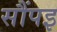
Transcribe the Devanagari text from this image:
सौंपइ